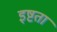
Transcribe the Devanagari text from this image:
इष्टता